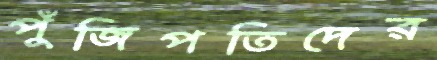
পুঁজিপতিদের